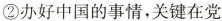
②办好中国的事情，关键在党